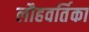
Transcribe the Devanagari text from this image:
लौहवर्तिका